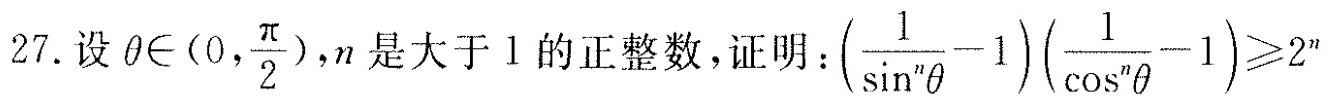
27.设θ \in (0, \frac{π}{2}),n是大于l的正整数，证明 $$( \frac { 1 } { \sin ^ { n } θ } -1 ) ( \frac { 1 } { \cos ^ { n } θ } - 1 ) ≥ 2 ^ { n }